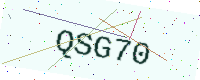
Text: QSG70